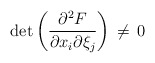
\begin{align*}\det\left({\partial\sp2 F\over \partial x_i\partial \xi_j}\right)\,\ne\,0\end{align*}